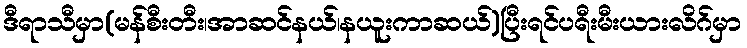
ဒီရာသီမှာ(မန်စီးတီး၊အာဆင်နယ်၊နယူးကာဆယ်)ပြီးရင်ပရီးမီးယားလိဂ်မှာ